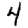
Digit: 4